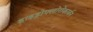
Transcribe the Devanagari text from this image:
हाइड्रोफ्लोरोकार्बन